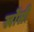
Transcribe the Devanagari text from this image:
खोंसी